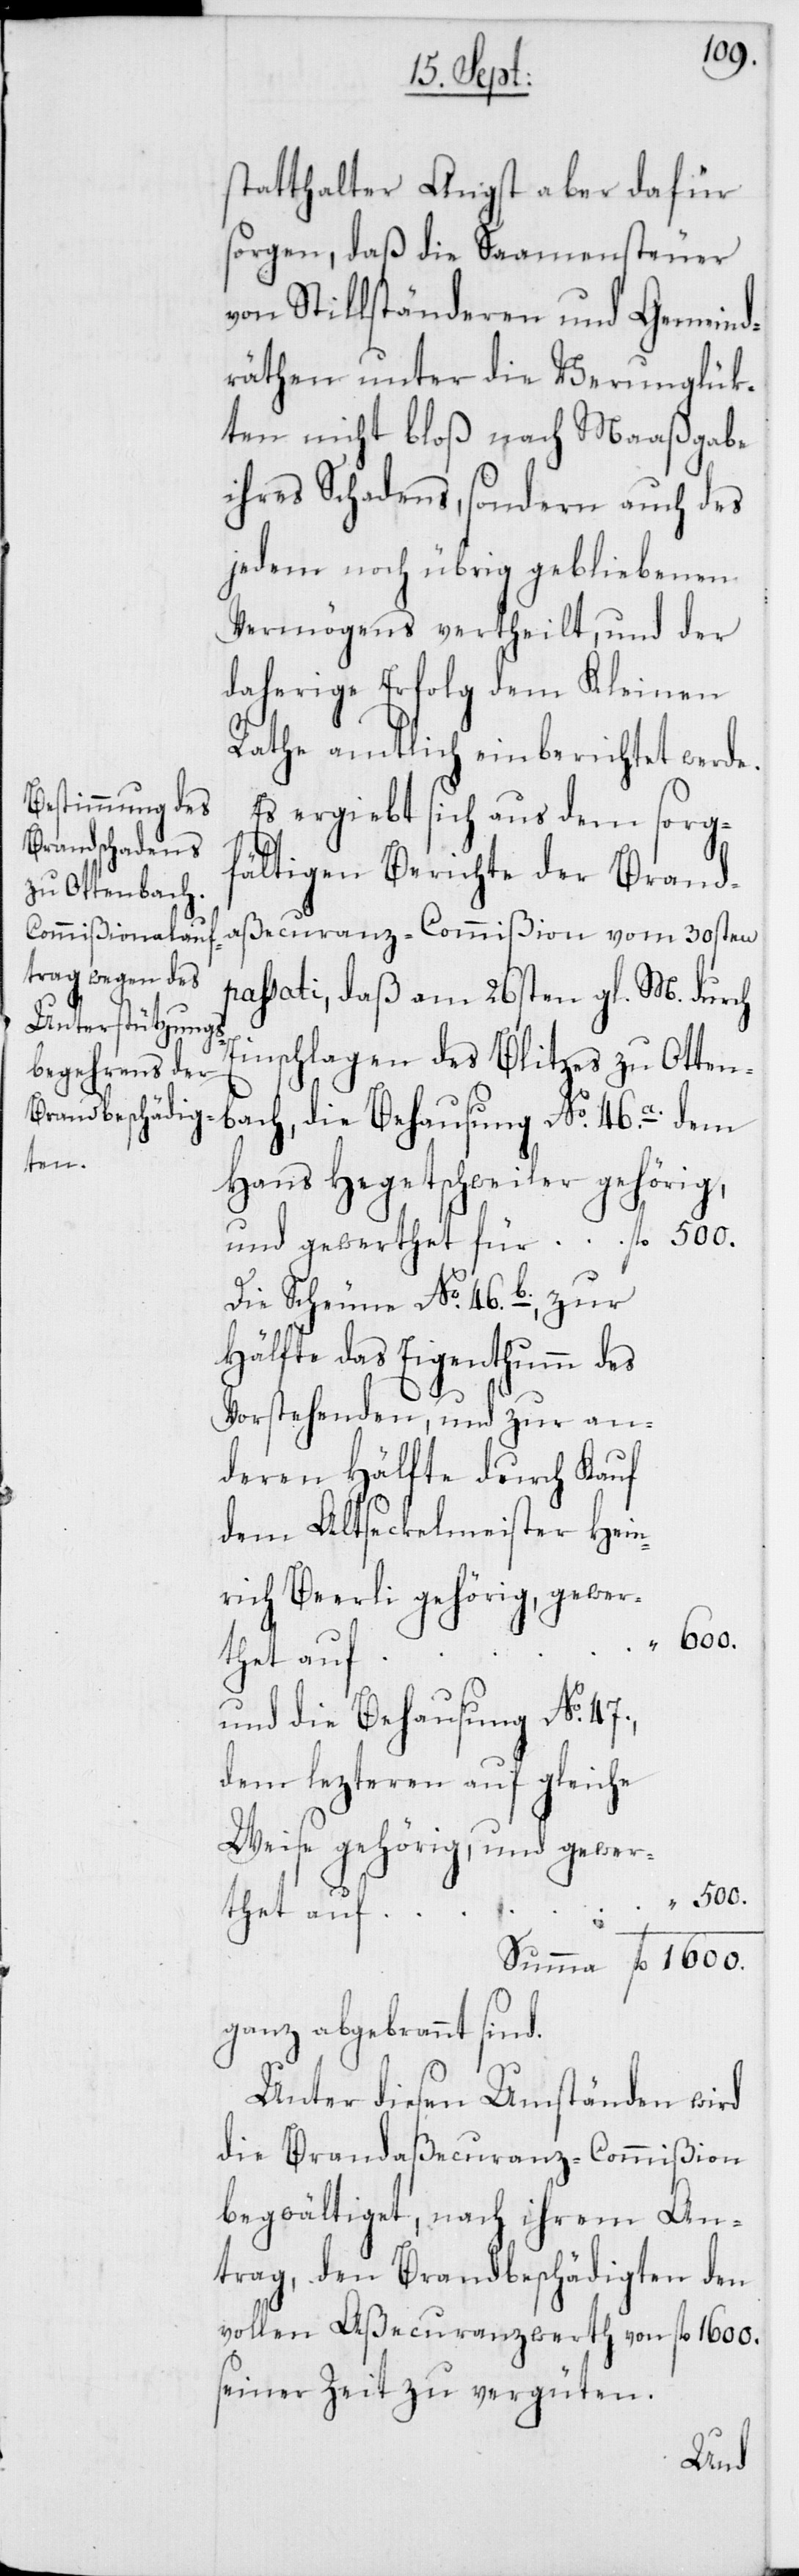
1600.
statthalter Angst aber dafür
sorgen, daß die Saamensteuer
von Stillständeren und Gemeind¬
räthen unter die Verunglük¬
ten nicht bloß nach Maaßgabe
ihres Schadens, sondern auch des
jedem noch übrig gebliebenen
Vermögens vertheilt, und der
daherige Erfolg dem Kleinen
Rathe amtlich einberichtet werde.
Es ergibt sich aus dem sorg¬
fältigen Berichte der Branda¬
ßecuranz-Commißion vom 30sten
passati, daß am 26sten gl. M. durch
Einschlagen des Blitzes zu Otten¬
die Behausung No. 46.a. dem
Haus Hegetschweiler gehörig,
Die Scheune No .46.b., zur
Hälfte das Eigenthumm des
Vorstehenden, und zur an¬
deren Hälfte durch Kauf
dem AltseckelmeisterHein¬
rich Beerli gehörig, gewer¬
thet auf
und die Behausung No. 47.,
dem lezteren auf gleiche
Weise gehörig, und gewer¬
500.
ganz abgebrannt sind.
Unter diesen Umständen wird
die Brandaßecuranz-Commißion
begwältiget, nach ihrem An¬
trag, den Brandbeschädigten den
vollen Aßecuranzwerth von fl. 1600.
seiner Zeit zu vergüten.
und